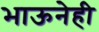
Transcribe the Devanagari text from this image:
भाऊनेही